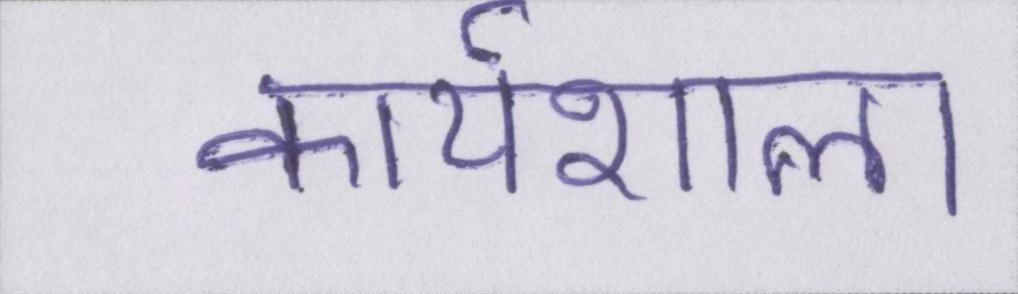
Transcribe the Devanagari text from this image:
कार्यशाला